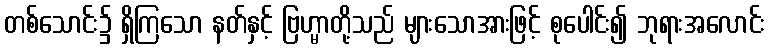
တစ်သောင်း၌ ရှိကြသော နတ်နှင့် ဗြဟ္မာတို့သည် များသောအားဖြင့် စုပေါင်း၍ ဘုရားအလောင်း